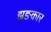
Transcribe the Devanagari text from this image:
झङकार